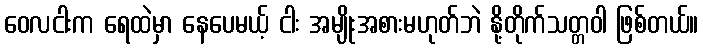
ဝေလငါးက ရေထဲမှာ နေပေမယ့် ငါး အမျိုးအစားမဟုတ်ဘဲ နို့တိုက်သတ္တဝါ ဖြစ်တယ်။